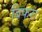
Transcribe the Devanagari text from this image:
बिफरा